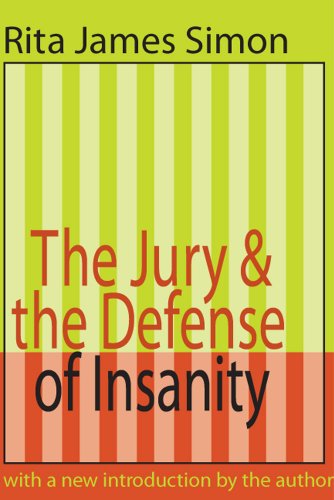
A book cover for Jury and the Defense of Insanity; Rita J. Simon; Law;